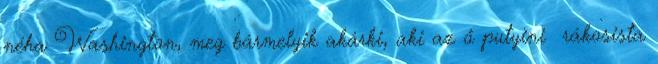
néha Washington, meg bármelyik akárki, aki az ő putyini rákosista